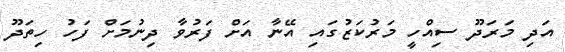
އަދި މަރަދޫ ސިއްހީ މަރުކަޒުގައި އޭނާ އަށް ފަރުވާ ދިނުމަށް ފަހު ހިތަދޫ